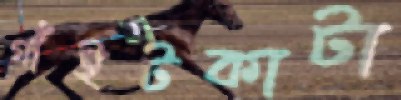
গাঁইটকাটা